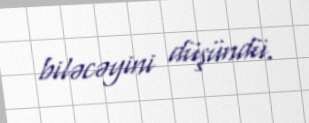
biləcəyini düşündü.